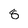
Character: 8